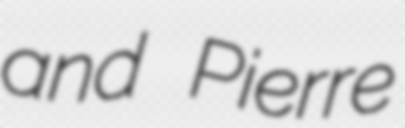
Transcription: and Pierre